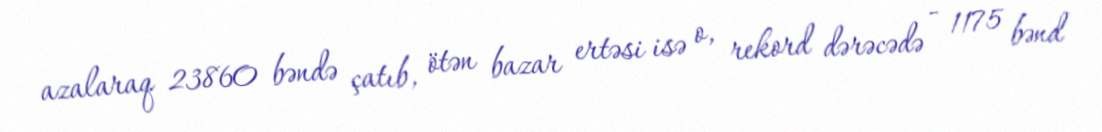
azalaraq 23860 bəndə çatıb, ötən bazar ertəsi isə o, rekord dərəcədə - 1175 bənd